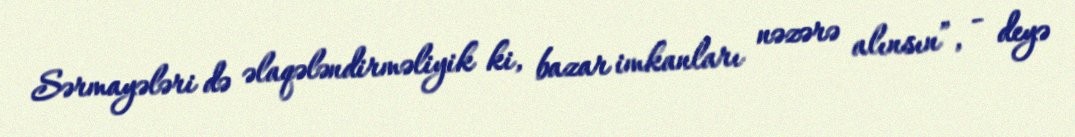
Sərmayələri də əlaqələndirməliyik ki, bazar imkanları nəzərə alınsın”, - deyə